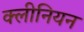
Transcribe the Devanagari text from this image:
क्लीनियन